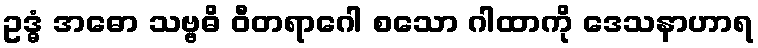
ဥဒ္ဓံ အဓော သဗ္ဗဓိ ဝီတရာဂေါ စသော ဂါထာကို ဒေသနာဟာရ